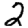
Digit: 2